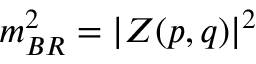
m _ { B R } ^ { 2 } = \vert { Z ( p , q ) } \vert ^ { 2 }